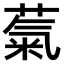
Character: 𫉀